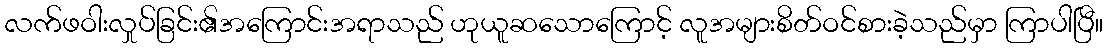
လက်ဖဝါးလှုပ်ခြင်း၏အကြောင်းအရာသည် ဟုယူဆသောကြောင့် လူအများစိတ်ဝင်စားခဲ့သည်မှာ ကြာပါပြီ။